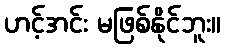
ဟင့်အင်း မဖြစ်နိုင်ဘူး။